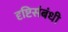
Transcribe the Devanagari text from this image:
दृष्टिसंबंधी